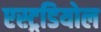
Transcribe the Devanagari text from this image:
एस्ट्रडियोल